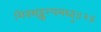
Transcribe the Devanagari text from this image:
शिवसङ्कल्पमस्तु॥२॥